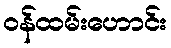
ဝန်ထမ်းဟောင်း